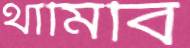
থামিবি